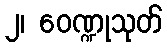
၂၊ ဝေဏ္ဍုသုတ်